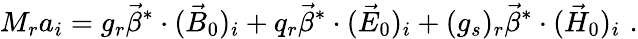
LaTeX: M_{r}a_{i}=g_{r}\vec{\beta}^{*}\cdot(\vec{B}_{0})_{i}+q_{r}\vec{\beta}^{*}\cdot(\vec{E}_{0})_{i}+(g_{s})_{r}\vec{\beta}^{*}\cdot(\vec{H}_{0})_{i}\, \, .